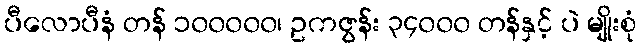
ပီလောပီနံ တန် ၁၀၀၀၀၀၊ ဥကဇွန်း ၃၄၀၀၀ တန်နှင့် ပဲ မျိုးစုံ